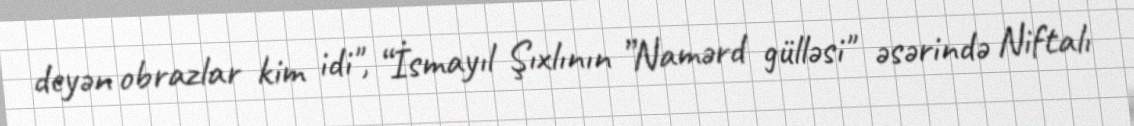
deyən obrazlar kim idi", “İsmayıl Şıxlının ”Namərd gülləsi" əsərində Niftalı